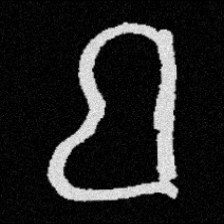
Pyu character \u2014 Myanmar letter: ဗ (romanized: ba)